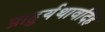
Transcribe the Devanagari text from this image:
प्राहुर्यथावदिह